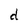
Character: d